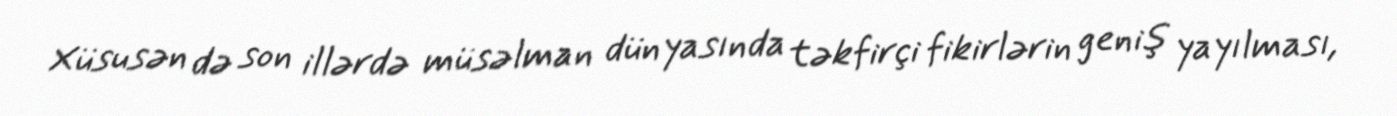
Xüsusən də son illərdə müsəlman dünyasında təkfirçi fikirlərin geniş yayılması,